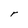
Character: r